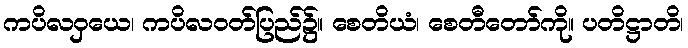
ကပိလဝှယေ၊ ကပိလဝတ်ပြည်၌။ စေတိယံ၊ စေတီတော်ကို။ ပတိဋ္ဌာတိ၊